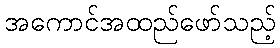
အကောင်အထည်ဖော်သည့်